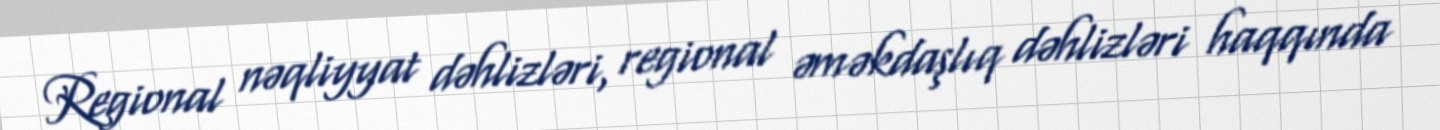
Regional nəqliyyat dəhlizləri, regional əməkdaşlıq dəhlizləri haqqında